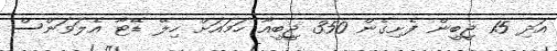
އަދި 15 ޖީބީން ފެށިގެން 350 ޖީބީއާ ހަމައަށް ހިލޭ ޑޭޓާ އެލަވަންސް